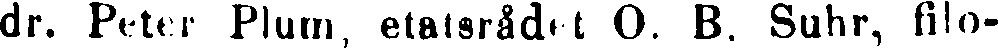
dr. Peter Plum, etatsrådet O. B. Suhr, filo-